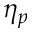
\eta _ { p }